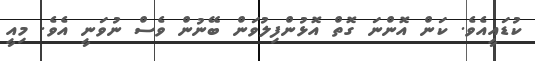
ކުޑައީއެވެ. ކަން އޮންނަ ގޮތް އޮޅުންފިލުވަން ބޭނުން ވެސް ނުވަނީ އެވެ. މިއީ